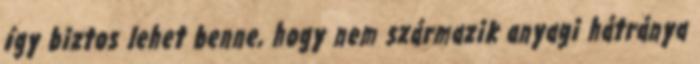
így biztos lehet benne, hogy nem származik anyagi hátránya